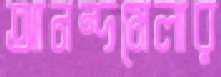
আনন্দমেলার